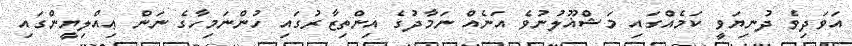
އަވަދިވެ ދުނިޔަވީ ކަމެއްގައި މަޝްޣޫލުނުވެ އަނެއް ނަމާދުގެ އިންތިޒާރުގައި ހުންނަމިހާގެ ނަން ޢިއްލިޔީންގައި